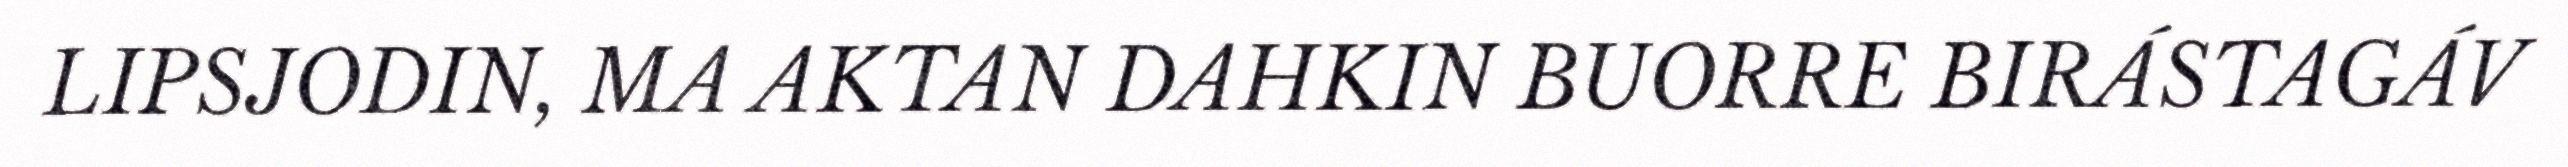
LIPSJODIN, MA AKTAN DAHKIN BUORRE BIRÁSTAGÁV